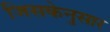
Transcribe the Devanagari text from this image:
जिसकेनुसार